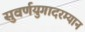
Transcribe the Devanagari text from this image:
सुवर्णयुगादरम्यान